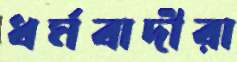
ধর্মবাদীরা